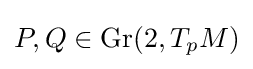
P,Q\in {\text{Gr}}(2,T_{p}M)